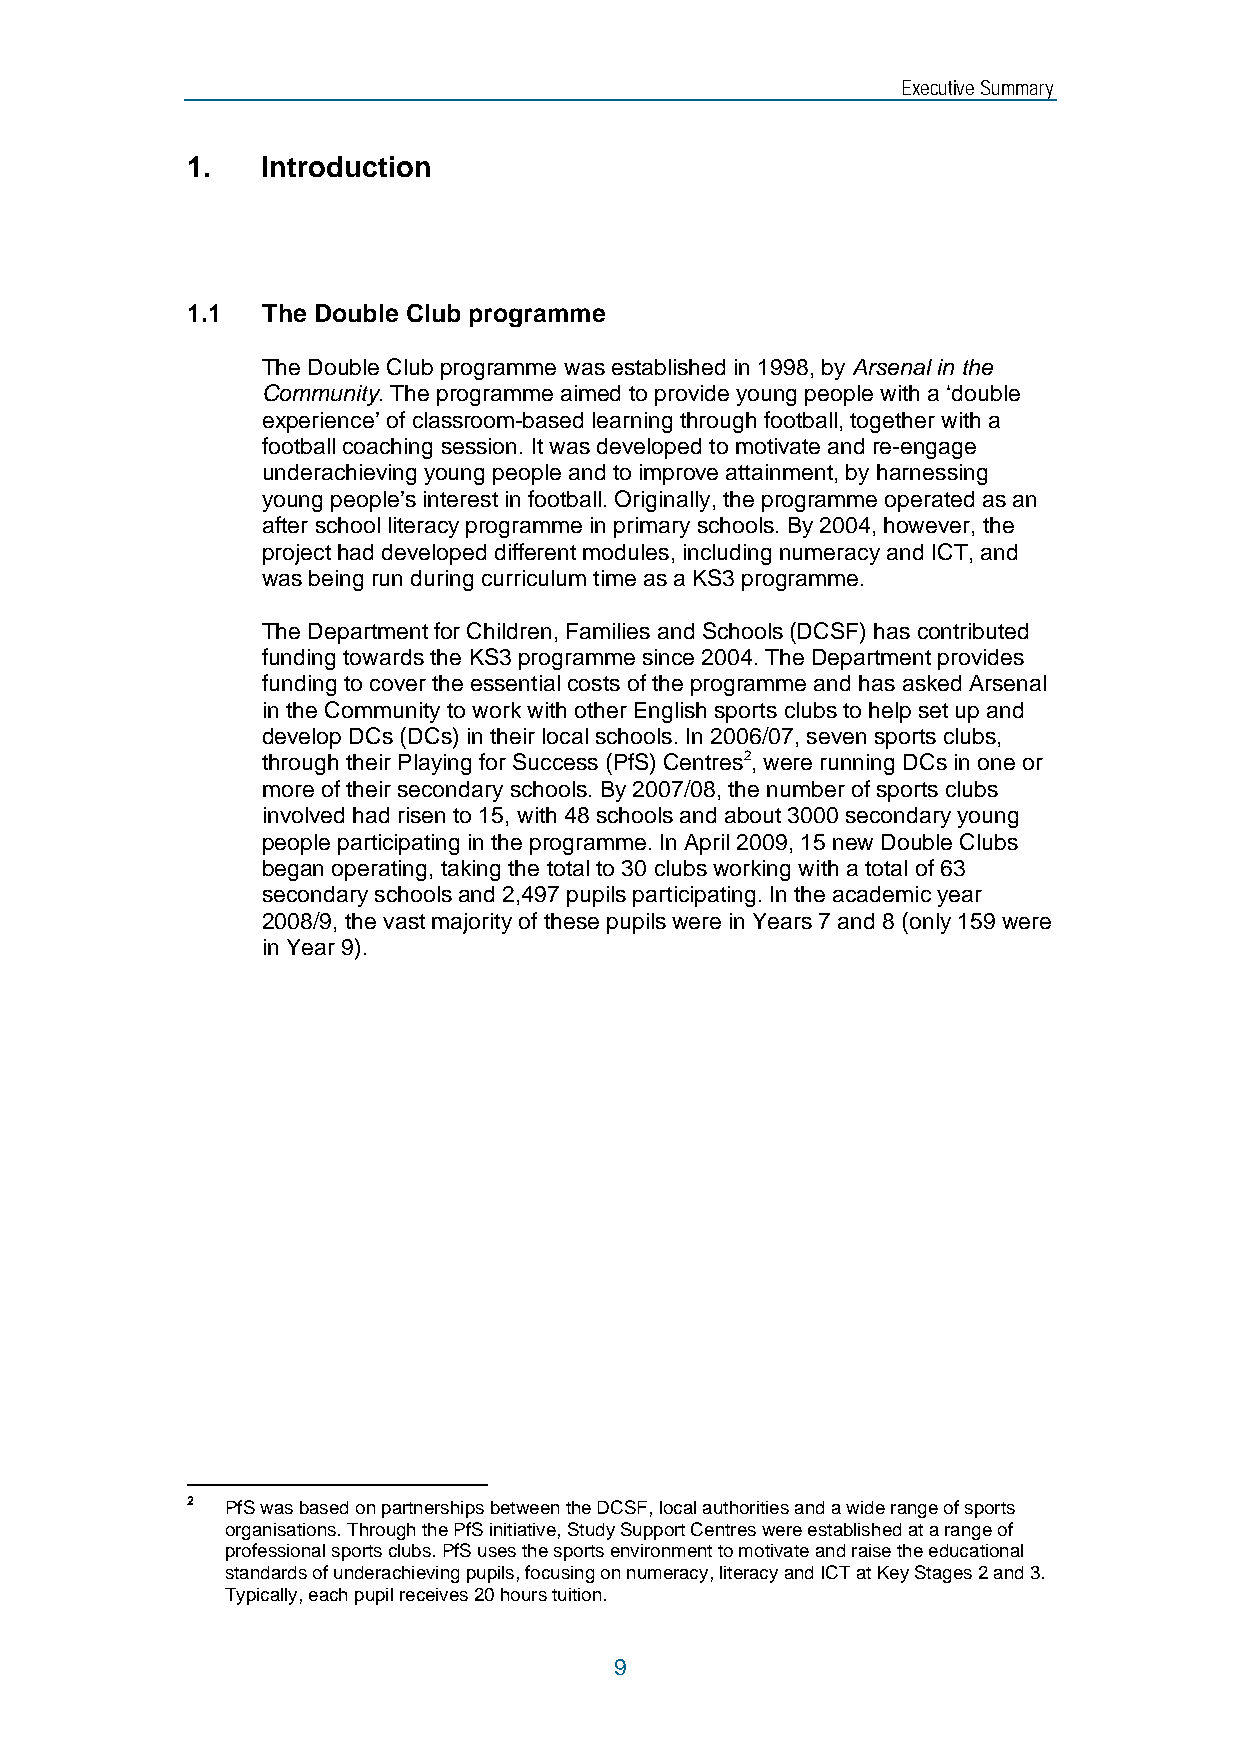
Executive Summary
 1.   Introduction
 1.1  The Double Club programme
 The Double Club programme was established in 1998, by Arsenal in the
 Community. The programme aimed to provide young people with a ‘double
 experience’ of classroom-based learning through football, together with a
 football coaching session. It was developed to motivate and re-engage
 underachieving young people and to improve attainment, by harnessing
 young people’s interest in football. Originally, the programme operated as an
 after school literacy programme in primary schools. By 2004, however, the
 project had developed different modules, including numeracy and ICT, and
 was being run during curriculum time as a KS3 programme.
 The Department for Children, Families and Schools (DCSF) has contributed
 funding towards the KS3 programme since 2004. The Department provides
 funding to cover the essential costs of the programme and has asked Arsenal
 in the Community to work with other English sports clubs to help set up and
 develop DCs (DCs) in their local schools. In 2006/07, seven sports clubs,
 through their Playing for Success (PfS) Centres2, were running DCs in one or
 more of their secondary schools. By 2007/08, the number of sports clubs
 involved had risen to 15, with 48 schools and about 3000 secondary young
 people participating in the programme. In April 2009, 15 new Double Clubs
 began operating, taking the total to 30 clubs working with a total of 63
 secondary schools and 2,497 pupils participating. In the academic year
 2008/9, the vast majority of these pupils were in Years 7 and 8 (only 159 were
 in Year 9).
 2  PfS was based on partnerships between the DCSF, local authorities and a wide range of sports
 organisations. Through the PfS initiative, Study Support Centres were established at a range of
 professional sports clubs. PfS uses the sports environment to motivate and raise the educational
 standards of underachieving pupils, focusing on numeracy, literacy and ICT at Key Stages 2 and 3.
 Typically, each pupil receives 20 hours tuition.
 9